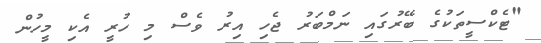
"ޓެކްސީތަކުގެ ބޭރުގައި ނަމްބަރު ޖެހި އިރު ވެސް މި ހުރީ އެކި މީހުން